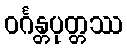
ဝင်္ဂန္တပုတ္တဿ